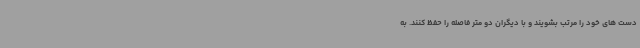
دست های خود را مرتب بشویند و با دیگران دو متر فاصله را حفظ کنند. به